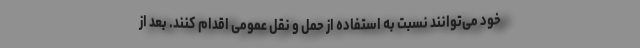
خود می‌توانند نسبت به استفاده از حمل و نقل عمومی اقدام کنند. بعد از